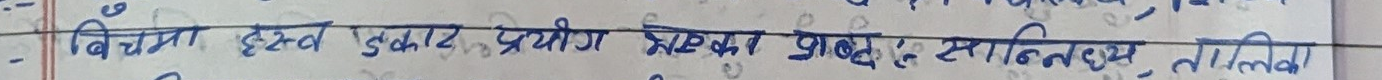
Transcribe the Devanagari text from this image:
बिचमा हस्व इकार प्रायोगिक शब्द सानिध्यः तालेखि